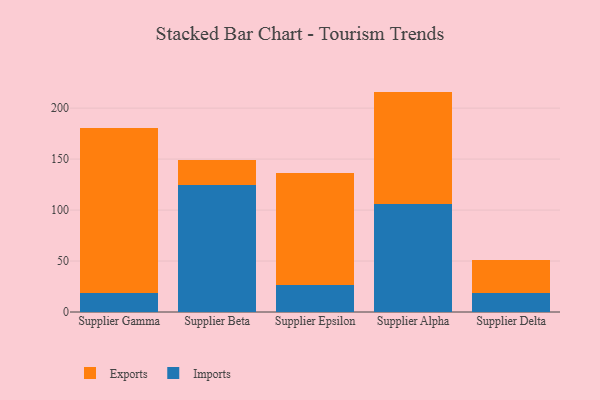
{"axis": {"x": "Supplier", "y": "Satisfaction Score"}, "legend": ["Exports", "Imports"], "data": [{"x": "Supplier Gamma", "y": 18.9, "type": "Imports"}, {"x": "Supplier Gamma", "y": 161.7, "type": "Exports"}, {"x": "Supplier Beta", "y": 124.4, "type": "Imports"}, {"x": "Supplier Beta", "y": 24.5, "type": "Exports"}, {"x": "Supplier Epsilon", "y": 26.6, "type": "Imports"}, {"x": "Supplier Epsilon", "y": 110.2, "type": "Exports"}, {"x": "Supplier Alpha", "y": 105.6, "type": "Imports"}, {"x": "Supplier Alpha", "y": 110.6, "type": "Exports"}, {"x": "Supplier Delta", "y": 19.1, "type": "Imports"}, {"x": "Supplier Delta", "y": 32.0, "type": "Exports"}]}